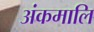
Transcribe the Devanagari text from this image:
अंकमालि